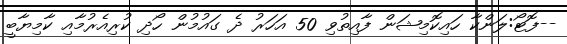
--ފޮޓޯ:ލަންކާ ހައިކޮމިޝަން ފާއިތުވި 50 އަހަރު ދެ ގައުމުން ހޯދި ކުރިއެރުމާއި ކާމިޔާބީ